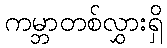
ကမ္ဘာတစ်လွှားရှိ